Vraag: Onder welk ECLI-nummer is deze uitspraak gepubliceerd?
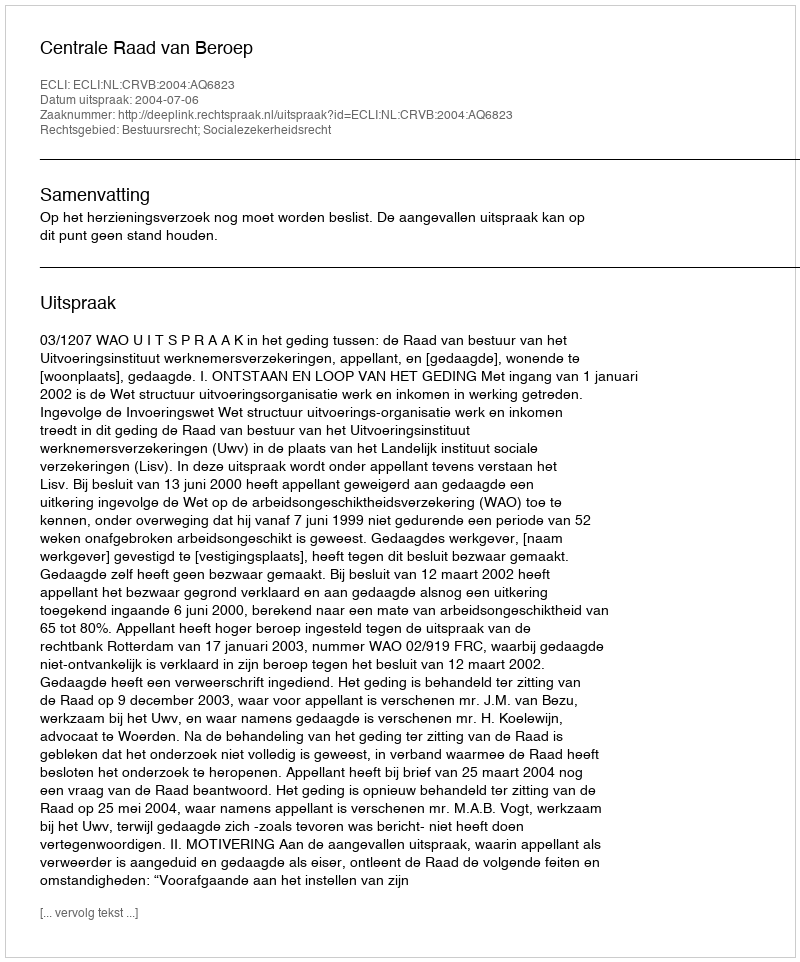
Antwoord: ECLI:NL:CRVB:2004:AQ6823